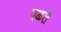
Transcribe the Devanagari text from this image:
पळते